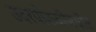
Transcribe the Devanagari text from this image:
उदरपोकळीमधील